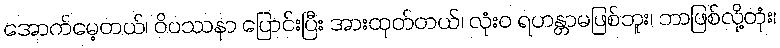
အောက်မေ့တယ်၊ ဝိပဿနာ ပြောင်းပြီး အားထုတ်တယ်၊ လုံးဝ ရဟန္တာမဖြစ်ဘူး၊ ဘာဖြစ်လို့တုံး၊